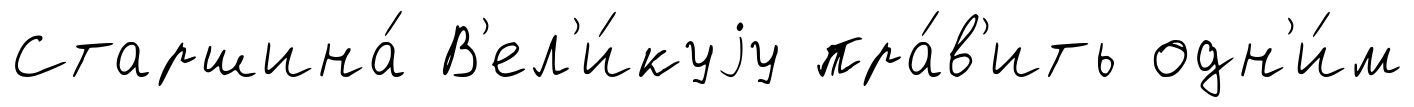
Старшина́ В'ел'и́куjу пра́в'ить одн'и́м